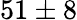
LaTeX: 51\pm 8